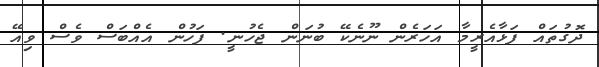
ދޮގުތައް ފަޅާއެރީމާ އަހަރެން ނޫނެކޭ ބުނަން ޖެހުނީ. ފަހުން އެއްބަސް ވެސް ވިއޭ